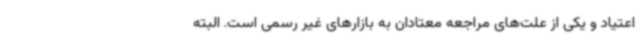
اعتیاد و یکی از علت‌های مراجعه معتادان به بازارهای غیر رسمی است. البته